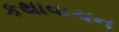
કથાવાચન